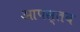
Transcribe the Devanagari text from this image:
आपस्तब